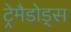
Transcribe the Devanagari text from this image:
ट्रेमैडोड्स